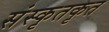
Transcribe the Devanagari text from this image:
संस्कृतकृत